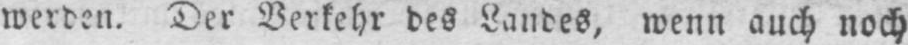
werden. Der Verkehr des Landes, wenn auch noch